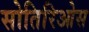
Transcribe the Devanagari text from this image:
सोतिरिओस